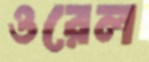
ওরেল